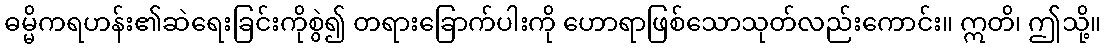
ဓမ္မိကရဟန်း၏ဆဲရေးခြင်းကိုစွဲ၍ တရားခြောက်ပါးကို ဟောရာဖြစ်သောသုတ်လည်းကောင်း။ ဣတိ၊ ဤသို့။